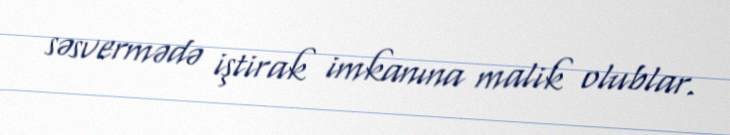
səsvermədə iştirak imkanına malik olublar.